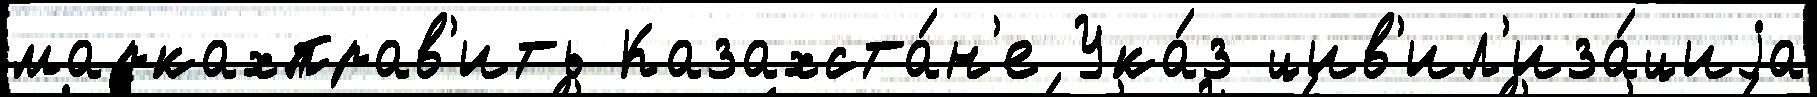
маркахправ'ить Казахста́н'е Ука́з цив'ил'иза́циjа